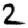
Digit: 2